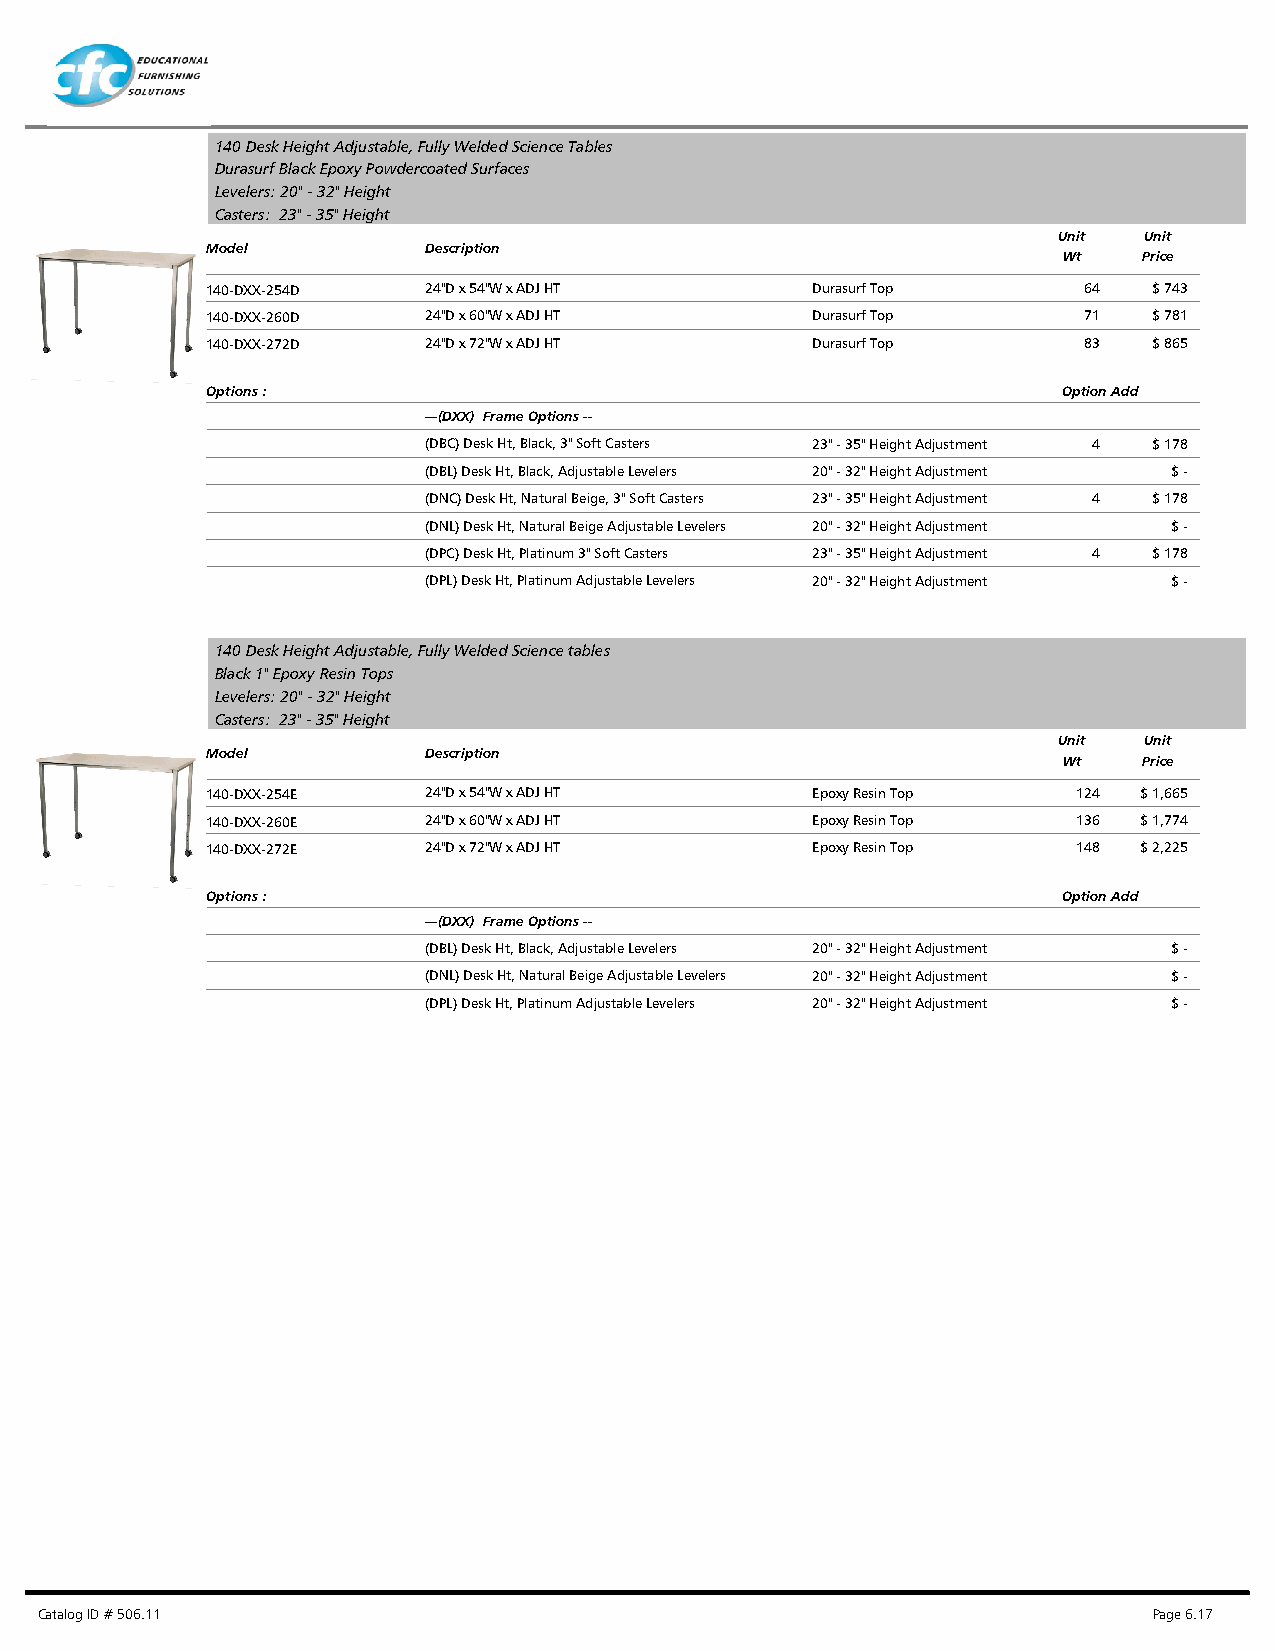
140 Desk Height Adjustable, Fully Welded Science Tables
 Durasurf Black Epoxy Powdercoated Surfaces
 Levelers: 20" - 32" Height
 Casters: 23" - 35" Height
 Unit  Unit
 Model         Description
 Wt    Price
 140-DXX-254D  24"D x 54"W x ADJ HT      Durasurf Top      64  $ 743
 140-DXX-260D  24"D x 60"W x ADJ HT      Durasurf Top      71  $ 781
 140-DXX-272D  24"D x 72"W x ADJ HT      Durasurf Top      83  $ 865
 Options :                                               Option Add
 ---(DXX) Frame Options --
 (DBC) Desk Ht, Black, 3" Soft Casters 23" - 35" Height Adjustment 4 $ 178
 (DBL) Desk Ht, Black, Adjustable Levelers 20" - 32" Height Adjustment $ -
 (DNC) Desk Ht, Natural Beige, 3" Soft Casters 23" - 35" Height Adjustment 4 $ 178
 (DNL) Desk Ht, Natural Beige Adjustable Levelers 20" - 32" Height Adjustment $ -
 (DPC) Desk Ht, Platinum 3" Soft Casters 23" - 35" Height Adjustment 4 $ 178
 (DPL) Desk Ht, Platinum Adjustable Levelers 20" - 32" Height Adjustment $ -
 140 Desk Height Adjustable, Fully Welded Science tables
 Black 1" Epoxy Resin Tops
 Levelers: 20" - 32" Height
 Casters: 23" - 35" Height
 Unit  Unit
 Model         Description
 Wt    Price
 140-DXX-254E  24"D x 54"W x ADJ HT      Epoxy Resin Top  124 $ 1,665
 140-DXX-260E  24"D x 60"W x ADJ HT      Epoxy Resin Top  136 $ 1,774
 140-DXX-272E  24"D x 72"W x ADJ HT      Epoxy Resin Top  148 $ 2,225
 Options :                                               Option Add
 ---(DXX) Frame Options --
 (DBL) Desk Ht, Black, Adjustable Levelers 20" - 32" Height Adjustment $ -
 (DNL) Desk Ht, Natural Beige Adjustable Levelers 20" - 32" Height Adjustment $ -
 (DPL) Desk Ht, Platinum Adjustable Levelers 20" - 32" Height Adjustment $ -
 Catalog ID # 506.11                                                       Page 6.17